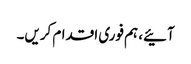
آئیے، ہم فوری اقدام کریں۔